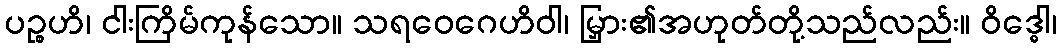
ပဉ္စဟိ၊ ငါးကြိမ်ကုန်သော။ သရဝေဂေဟိဝါ၊ မြှား၏အဟုတ်တို့သည်လည်း။ ဝိဒ္ဓေါ၊